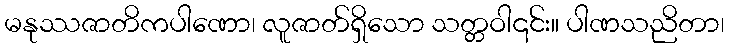
မနုဿဇာတိကပါဏော၊ လူဇာတ်ရှိသော သတ္တဝါ၎င်း။ ပါဏသညိတာ၊